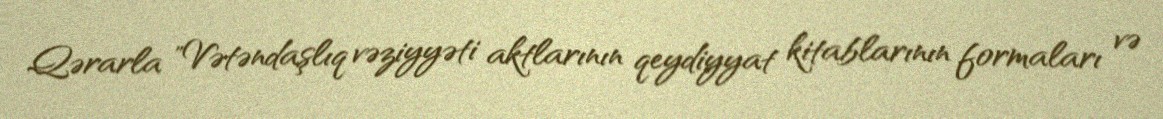
Qərarla "Vətəndaşlıq vəziyyəti aktlarının qeydiyyat kitablarının formaları və